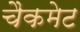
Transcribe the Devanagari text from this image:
चैकमेट